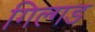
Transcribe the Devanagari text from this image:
गिल्गड